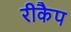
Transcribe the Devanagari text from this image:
रीकैप